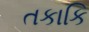
તકાકિ